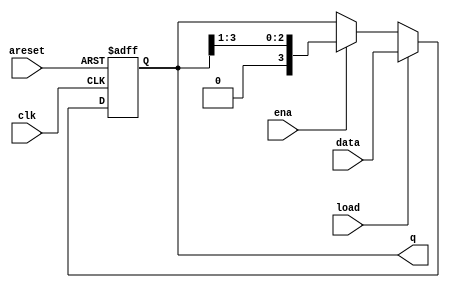
module top_module(
    input clk,
    input areset,  // async active-high reset to zero
    input load,
    input ena,
    input [3:0] data,
    output reg [3:0] q); 
//If both the load and ena inputs are asserted (1), the load input has higher priority.
    always @(posedge clk, posedge areset)begin
        if(areset) q <= 4'd0;
        else if(load) q <= data;
        else if(ena) q <= {1'd0, q[3:1]};
        else q <= q;
    end
endmodule